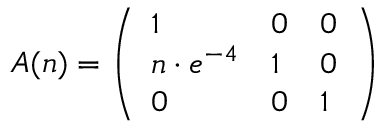
A ( n ) = \left( \begin{array} { l l l } { 1 } & { 0 } & { 0 } \\ { n \cdot e ^ { - 4 } } & { 1 } & { 0 } \\ { 0 } & { 0 } & { 1 } \end{array} \right)